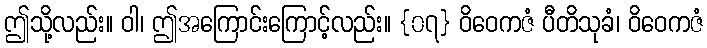
ဤသို့လည်း။ ဝါ၊ ဤအကြောင်းကြောင့်လည်း။ {၀၇} ဝိဝေကဇံ ပီတိသုခံ၊ ဝိဝေကဇံ